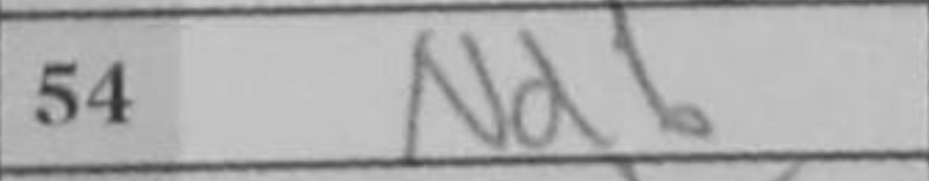
Transcription: Nd6